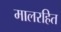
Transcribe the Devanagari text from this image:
मालरहित